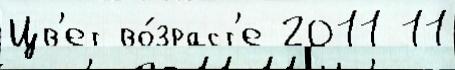
Цв'ет во́зраст'е 2011 11